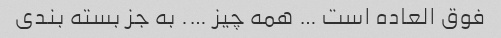
فوق العاده است … همه چیز …. به جز بسته بندی